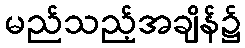
မည်သည့်အချိန်၌